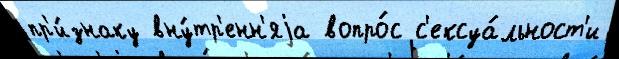
пр'и́знаку вну́тр'енн'яjа вопро́с с'ексуа́льност'и